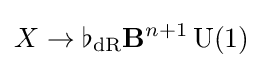
X\rightarrow \flat _{\mathrm {dR} }\mathbf {B} ^{n+1}\operatorname {U} (1)